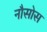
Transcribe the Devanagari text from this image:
नौसोस